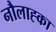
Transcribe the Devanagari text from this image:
नौलाह्का